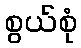
စွယ်စုံ